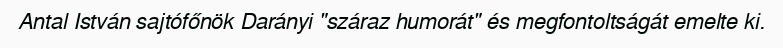
Antal István sajtófőnök Darányi "száraz humorát" és megfontoltságát emelte ki.